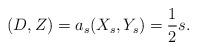
LaTeX: \begin{align*}(D,Z)=a_s(X_s,Y_s)=\frac{1}{2} s .\end{align*}